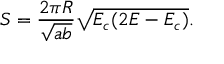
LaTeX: S = \frac { 2 \pi R } { \sqrt { a b } } \sqrt { E _ { c } ( 2 E - E _ { c } ) } .